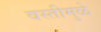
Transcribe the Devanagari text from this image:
वस्तीमुळे